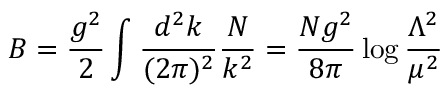
B = \frac { g ^ { 2 } } { 2 } \int \frac { d ^ { 2 } k } { ( 2 \pi ) ^ { 2 } } \frac { N } { k ^ { 2 } } = \frac { N g ^ { 2 } } { 8 \pi } \log { \frac { \Lambda ^ { 2 } } { \mu ^ { 2 } } }